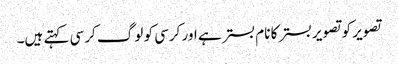
تصویر کو تصویر بستر کا نام بستر ہے اور کرسی کو لوگ کرسی کہتے ہیں۔